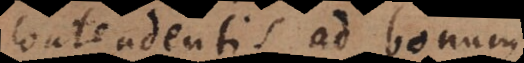
contendentis ad bonum